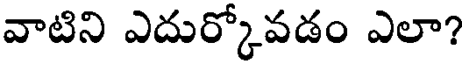
వాటిని ఎదుర్కోవడం ఎలా?